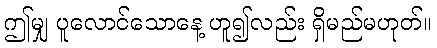
ဤမျှ ပူလောင်သောနေ့ ဟူ၍လည်း ရှိမည်မဟုတ်။